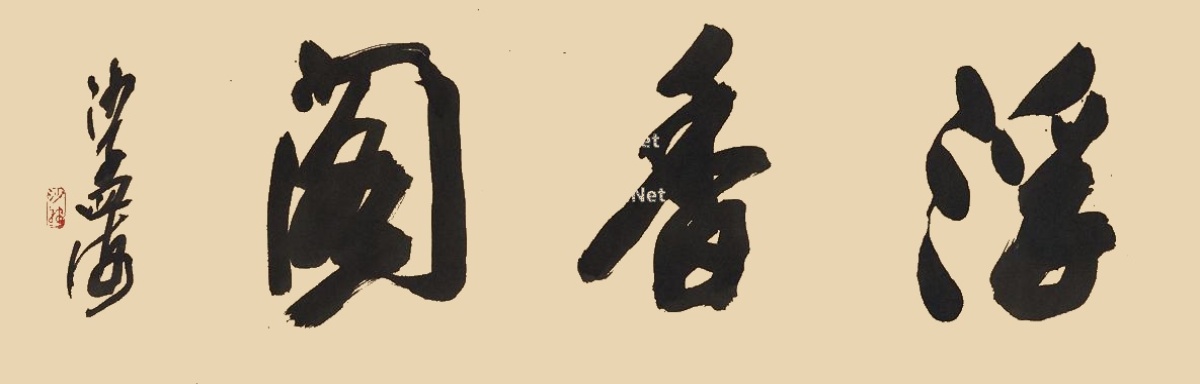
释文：浮香阁。沙孟海。